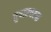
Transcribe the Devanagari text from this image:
तुषारचटक